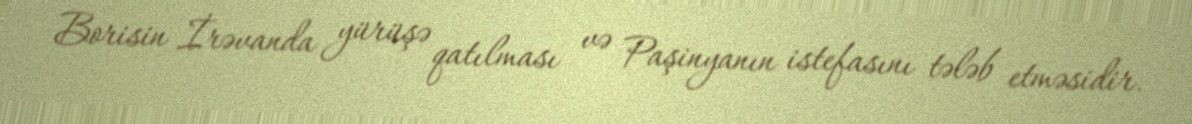
Borisin İrəvanda yürüşə qatılması və Paşinyanın istefasını tələb etməsidir.